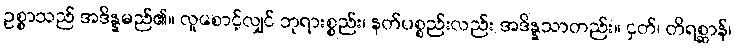
ဥစ္စာသည် အဒိန္နမည်၏။ လူစောင့်လျှင် ဘုရားစ္စည်း၊ နတ်ပစ္စည်းလည်း အဒိန္နသာတည်း။ ငှတ်၊ တိရစ္ဆာန်၊